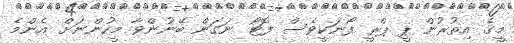
މީގެ އިތުރުން ޕީ ޕްރީ ފޯނަކީވެސް ފޮޓޯ ނަގަން ބޭނުންވާ މީހުންނަށް އެންމެ